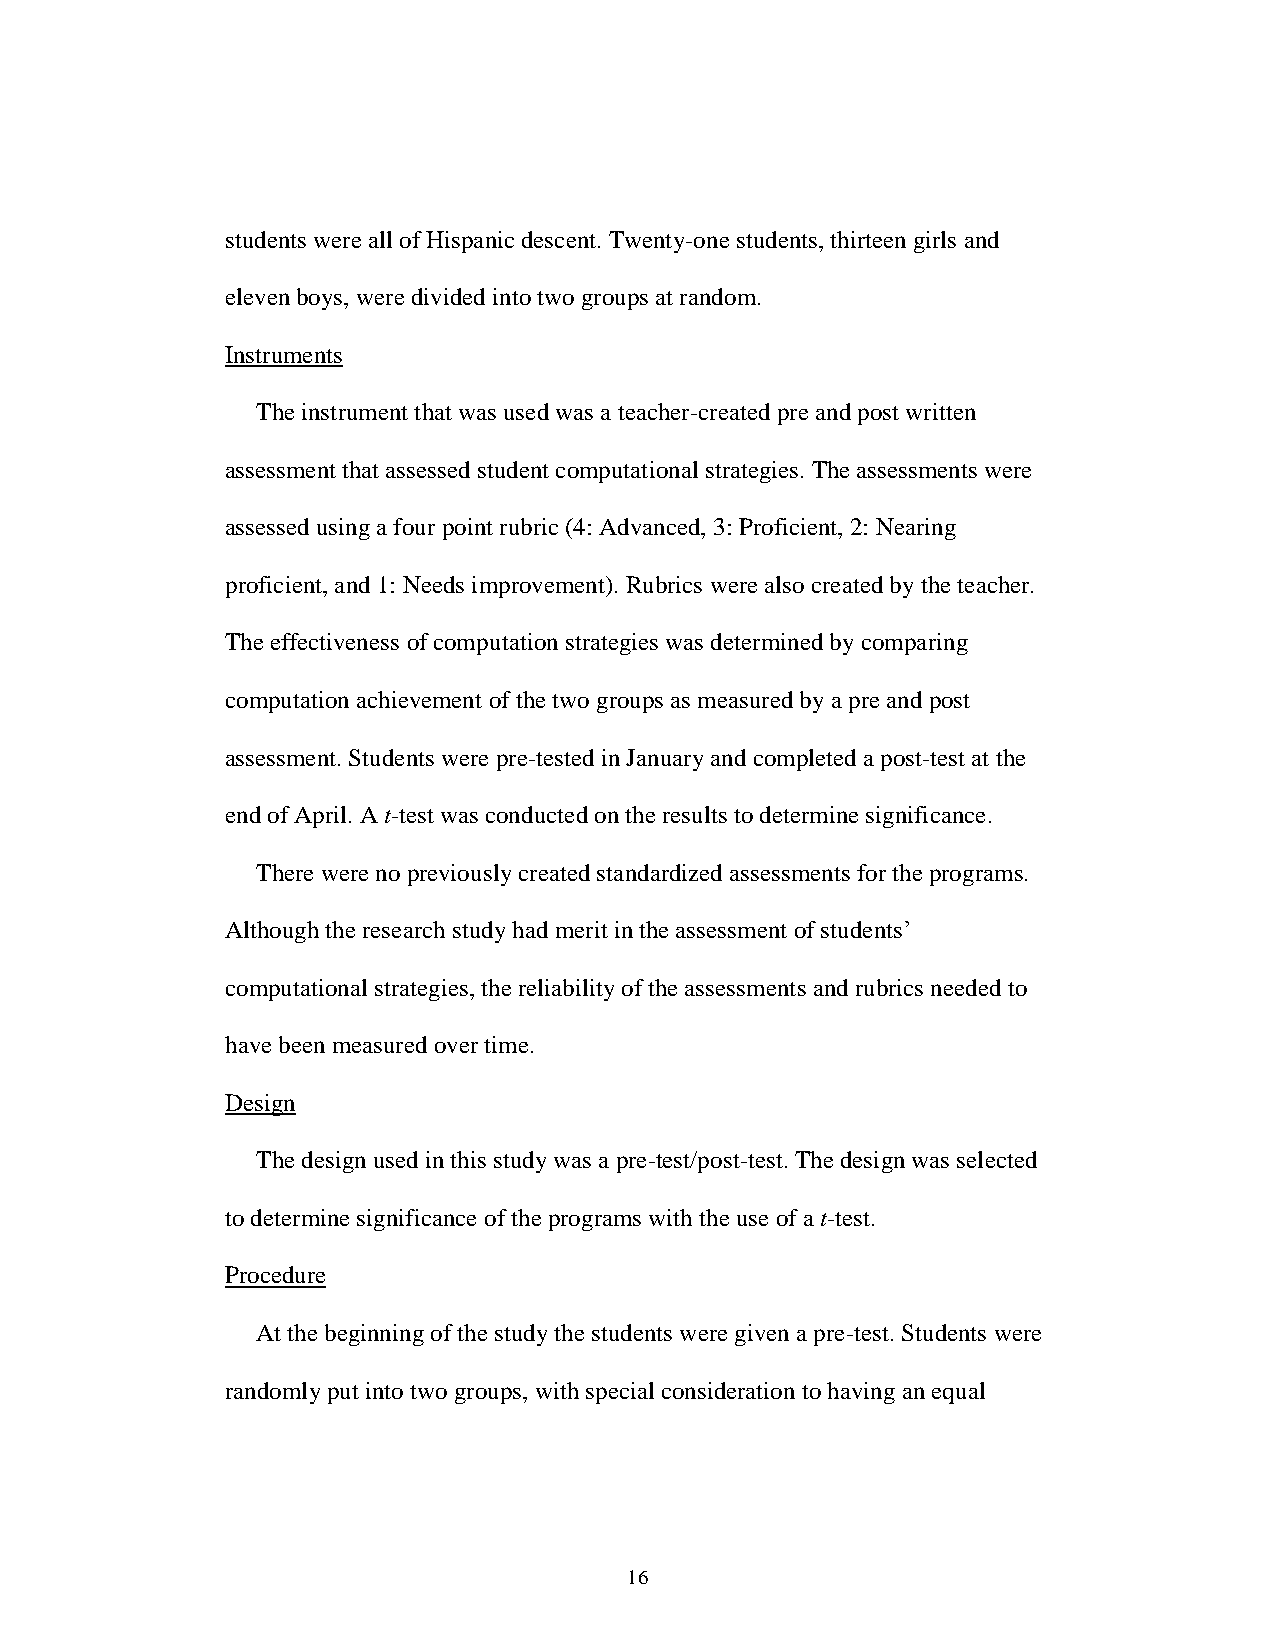
students were all of Hispanic descent. Twenty-one students, thirteen girls and
 eleven boys, were divided into two groups at random.
 Instruments
 The instrument that was used was a teacher-created pre and post written
 assessment that assessed student computational strategies. The assessments were
 assessed using a four point rubric (4: Advanced, 3: Proficient, 2: Nearing
 proficient, and 1: Needs improvement). Rubrics were also created by the teacher.
 The effectiveness of computation strategies was determined by comparing
 computation achievement of the two groups as measured by a pre and post
 assessment. Students were pre-tested in January and completed a post-test at the
 end of April. A t-test was conducted on the results to determine significance.
 There were no previously created standardized assessments for the programs.
 Although the research study had merit in the assessment of students’
 computational strategies, the reliability of the assessments and rubrics needed to
 have been measured over time.
 Design
 The design used in this study was a pre-test/post-test. The design was selected
 to determine significance of the programs with the use of a t-test.
 Procedure
 At the beginning of the study the students were given a pre-test. Students were
 randomly put into two groups, with special consideration to having an equal
 16